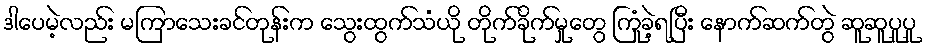
ဒါပေမဲ့လည်း မကြာသေးခင်တုန်းက သွေးထွက်သံယို တိုက်ခိုက်မှုတွေ ကြုံခဲ့ရပြီး နောက်ဆက်တွဲ ဆူဆူပူပူ